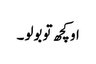
او کچھ تو بولو ۔